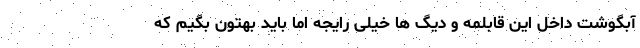
آبگوشت داخل این قابلمه و دیگ ها خیلی رایجه اما باید بهتون بگیم که